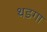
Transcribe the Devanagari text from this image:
थडगा